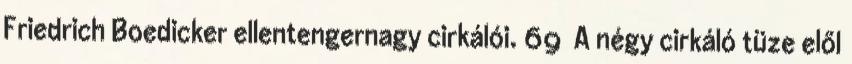
Friedrich Boedicker ellentengernagy cirkálói. 69 A négy cirkáló tüze elől